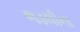
ભડલીના